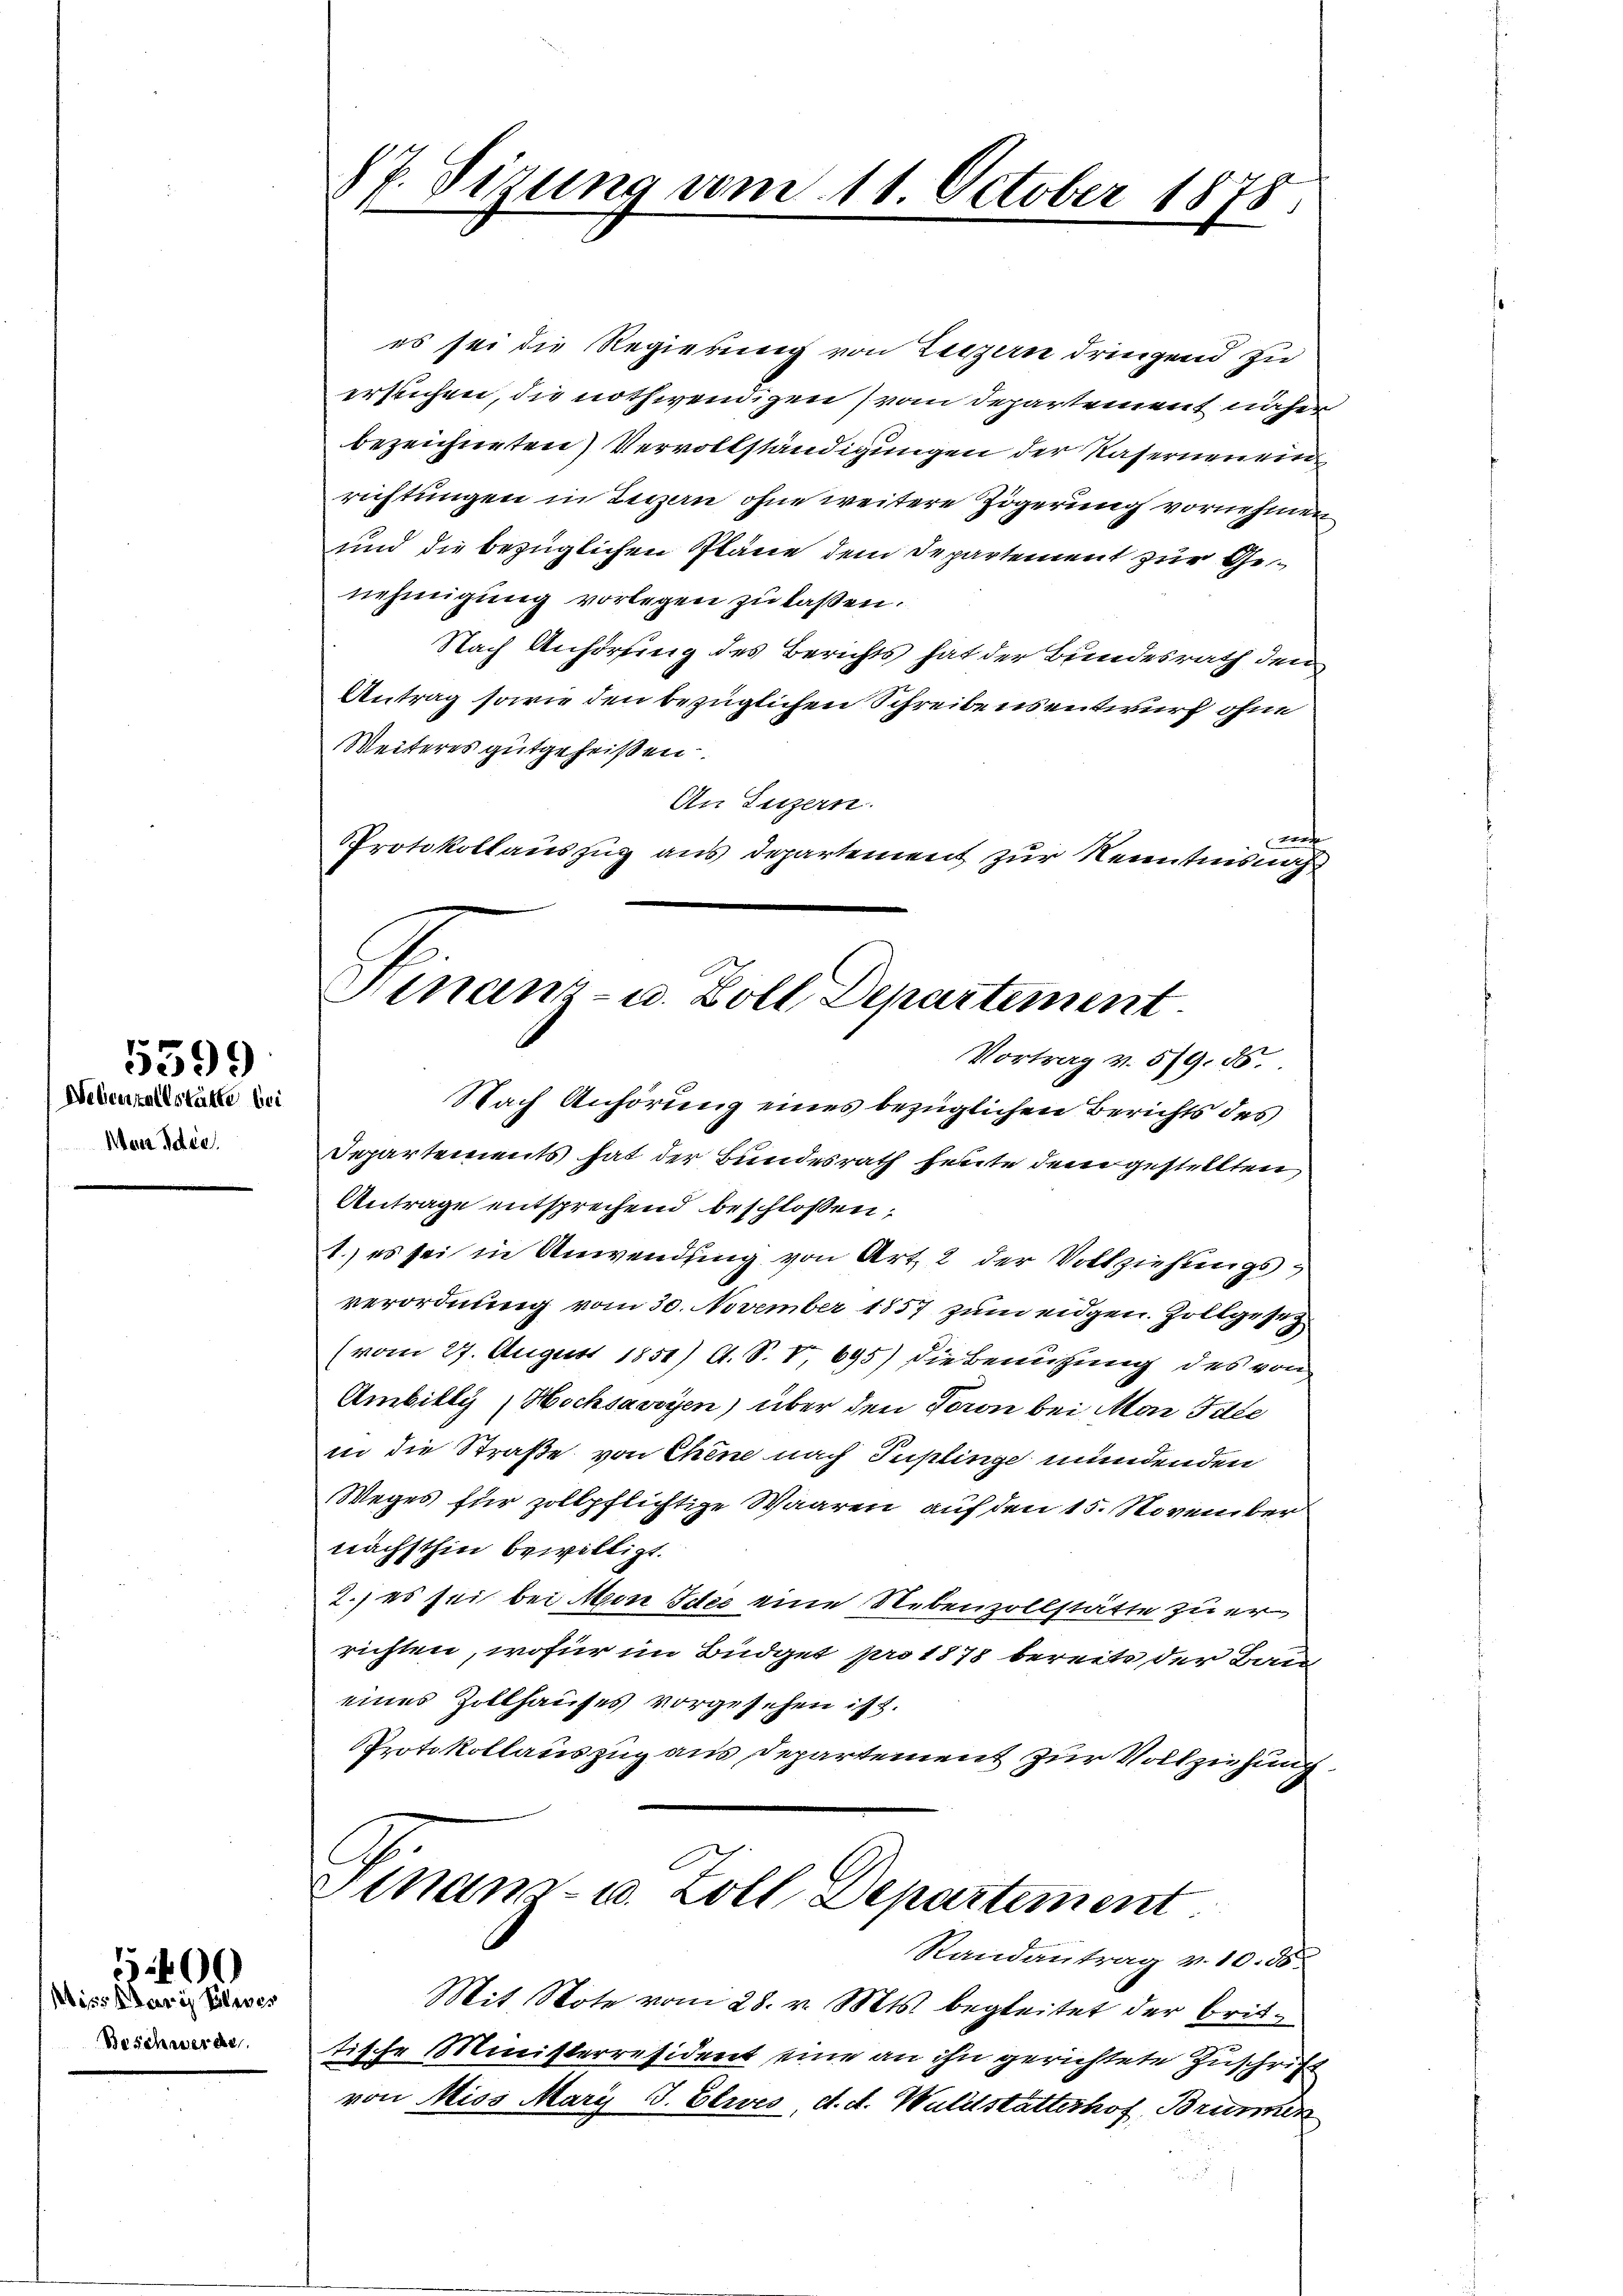
Man Idee

5599
Webenfallstätte bei

Missaris Polen er

5400

es sei die Regierung von Luzern dringend zu
ersuchen, die nothwendigen vom Departement näher
bezeichneten) Vervollständigungen der Kasernen ein
richtungen in Terzen ohne weitere Zögerung vornehmen
und die bezüglichen Pläne dem Departement zur Genehmigung vorlegen zu laßen.
Nach Anhörung des Berichts hat der Bundesrath den
Antrag sowie den bezüglichen Schreibens entwurf ohne
Weiteres gutgeheißen
An Luzern.
Forde
Protokollauszug aus Departement zur Kenntnis nach
Nach Anhörung eines bezüglichen Berichts des
Departements hat der Bundesrath heute dem gestellten,
Antrage entsprechend beschlossen:
1.) es sei in Anwendung von Art. 2 der Vollziehungsverordnung vom 30. November 1857 zum eidgen. Zollgeset
(vom 27. August 1851) A. S. V, 695) die Benutzung des von
Ambilly, Hochsacryen) über den Toron bei Man Idee
in die Straße von Chene nach Puplinge mündenden
Weges für zollpflichtige Waaren auf den 15. November
nächsthin bewilligt.
2.; es sei bei Mone Idee eine Nebenzollstätte zu errichten, wofür im Büdget pro 1878 bereits der Bau
eines Zillhauses vorgesehen ist s.
Protokollauszug aus Departement zur Vollziehung.
Sinam- u. Zoll Departement
Randantrag v. 10. 56.
Mit Note vom 28. v. Mts. begleitet der Brit¬
 tische Ministerresident eine an ihn gerichtete Zuschrift
von Miss Mary J. Elwes, d. d. Waldstatterhof, Brunnen

§ 7. Sizung vom 11. October 1878.

Finanz- u. Zoll Departement
Vortrag v. 579. 85.